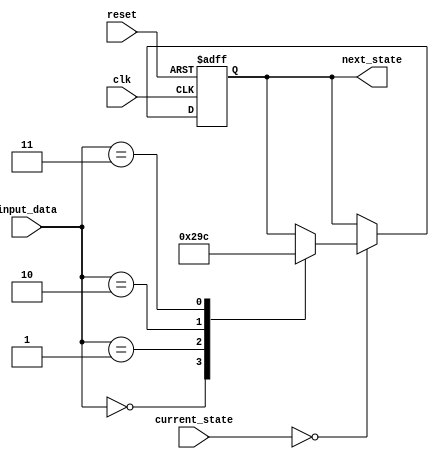
module Two_dimensional_FSM (
    input wire clk,
    input wire reset,
    input wire [2:0] current_state, // Represents the current state of the FSM
    input wire [3:0] input_data, // Represents the input data to the FSM
    output wire [2:0] next_state // Represents the next state of the FSM
);

// Define states for the FSM
parameter STATE_A = 3'd0;
parameter STATE_B = 3'd1;
parameter STATE_C = 3'd2;
parameter STATE_D = 3'd3;
parameter STATE_E = 3'd4;

// Define inputs for the FSM
parameter INPUT_0 = 4'd0;
parameter INPUT_1 = 4'd1;
parameter INPUT_2 = 4'd2;
parameter INPUT_3 = 4'd3;

always @(posedge clk or posedge reset) begin
    if (reset) begin
        next_state <= STATE_A; // Initialize the FSM to state A on reset
    end else begin
        // Implement the state transitions based on the current state and input data
        case (current_state)
            STATE_A: begin
                case (input_data)
                    INPUT_0: next_state <= STATE_B;
                    INPUT_1: next_state <= STATE_C;
                    INPUT_2: next_state <= STATE_D;
                    INPUT_3: next_state <= STATE_E;
                endcase
            end
            STATE_B: begin
                // Define state transitions for STATE_B
            end
            STATE_C: begin
                // Define state transitions for STATE_C
            end
            STATE_D: begin
                // Define state transitions for STATE_D
            end
            STATE_E: begin
                // Define state transitions for STATE_E
            end
        endcase
    end
end

endmodule